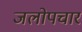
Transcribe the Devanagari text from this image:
जलोपचार